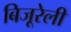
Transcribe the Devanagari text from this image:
बिजूरेली